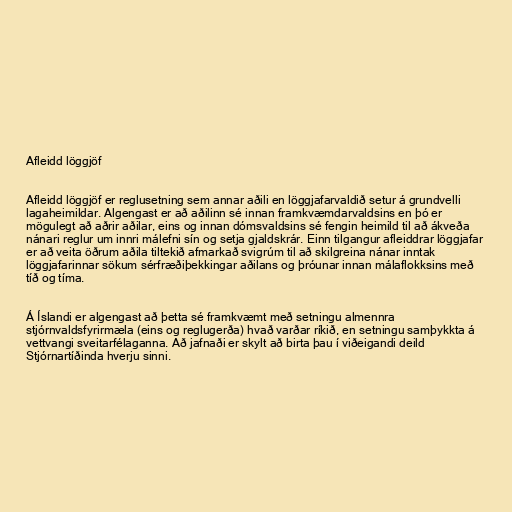
Afleidd löggjöf

Afleidd löggjöf er reglusetning sem annar aðili en löggjafarvaldið setur á grundvelli
lagaheimildar. Algengast er að aðilinn sé innan framkvæmdarvaldsins en þó er
mögulegt að aðrir aðilar, eins og innan dómsvaldsins sé fengin heimild til að ákveða
nánari reglur um innri málefni sín og setja gjaldskrár. Einn tilgangur afleiddrar löggjafar
er að veita öðrum aðila tiltekið afmarkað svigrúm til að skilgreina nánar inntak
löggjafarinnar sökum sérfræðiþekkingar aðilans og þróunar innan málaflokksins með
tíð og tíma.

Á Íslandi er algengast að þetta sé framkvæmt með setningu almennra
stjórnvaldsfyrirmæla (eins og reglugerða) hvað varðar ríkið, en setningu samþykkta á
vettvangi sveitarfélaganna. Að jafnaði er skylt að birta þau í viðeigandi deild
Stjórnartíðinda hverju sinni.